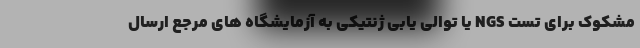
مشکوک برای تست NGS یا توالی یابی ژنتیکی به آزمایشگاه های مرجع ارسال